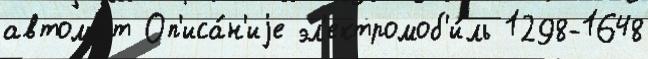
автома́т Оп'иса́н'иjе эл'ектромоб'и́ль 1298-1648